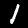
Digit: 1